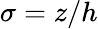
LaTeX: \sigma=z/h